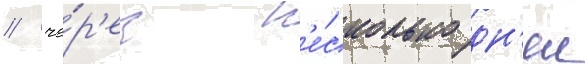
/ че́р'ез н'е́сколько дн'еи